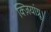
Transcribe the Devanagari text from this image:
क्ज़ियांग्नू।